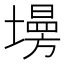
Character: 𡑦